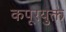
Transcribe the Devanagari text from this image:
कपूरयुक्त